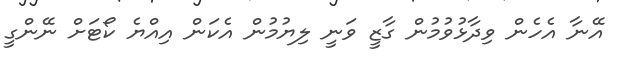
އޭނާ އެހެން ވިދާޅުވުމުން ގާޒީ ވަނީ ލިޔުމުން އެކަން އިއްޔެ ކޯޓަށް ނޭންގީ